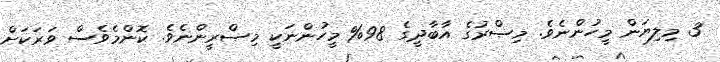
3 މިލިޔަން މީހުންނެވެ. މިޞްރުގެ އާބާދީގެ 98% މީހުންނަކީ މިޞްރީންނެވެ. ކޮންމެވެސް ވަރަކަށް